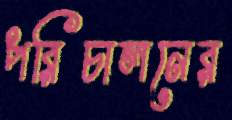
পরিচালনের